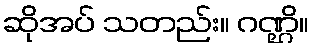
ဆိုအပ် သတည်း။ ဂဏ္ဌိ။